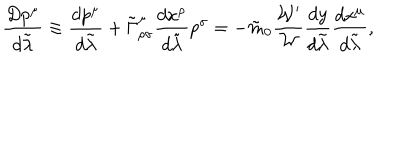
{ \frac { D p ^ { \mu } } { d \tilde { \lambda } } } \equiv { \frac { d p ^ { \mu } } { d \tilde { \lambda } } } + \tilde { \Gamma } _ { \rho \sigma } ^ { \mu } { \frac { d x ^ { \rho } } { d \tilde { \lambda } } } p ^ { \sigma } = - \tilde { m } _ { 0 } { \frac { { \cal W } ^ { \prime } } { \cal W } } { \frac { d y } { d \tilde { \lambda } } } { \frac { d x ^ { \mu } } { d \tilde { \lambda } } } ,